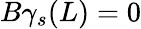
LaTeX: B\gamma_{s}(L)=0